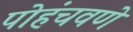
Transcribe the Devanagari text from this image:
पोहंचवणे